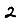
Digit: 2